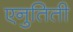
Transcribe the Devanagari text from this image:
एनुतिती